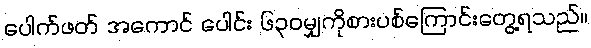
ပေါက်ဖတ် အကောင် ပေါင်း ၆၃၀မျှကိုစားပစ်ကြောင်းတွေ့ရသည်။